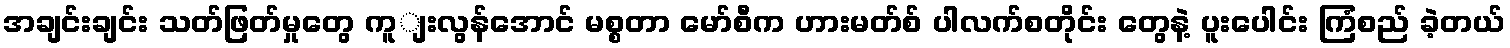
အချင်းချင်း သတ်ဖြတ်မှုတွေ ကူျးလွန်အောင် မစ္စတာ မော်စီက ဟားမတ်စ် ပါလက်စတိုင်း တွေနဲ့ ပူးပေါင်း ကြံစည် ခဲ့တယ်